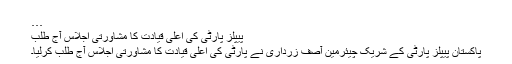
…
پیپلز پارٹی کی اعلیٰ قیادت کا مشاورتی اجلاس آج طلب
پاکستان پیپلز پارٹی کے شریک چیئرمین آصف زرداری نے پارٹی کی اعلیٰ قیادت کا مشاورتی اجلاس آج طلب کرلیا۔